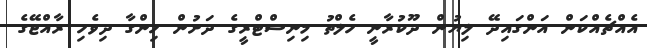
އެއްޗެއްކަން އަންގައިދޭ ލިޔުން ދޫކުރާނީ ހެލްތު މިނިސްޓްރީގެ ދަށުން ހިންގާ ދިވެހި ރާއްޖޭގެ